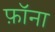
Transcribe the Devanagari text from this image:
फ़ॉना